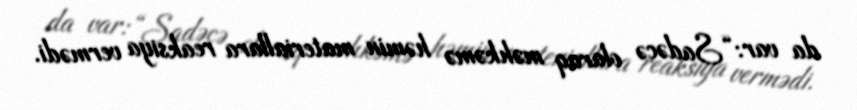
da var: “Sadəcə olaraq məhkəmə həmin materiallara reaksiya vermədi.